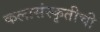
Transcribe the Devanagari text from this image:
कलासंस्कृतीची